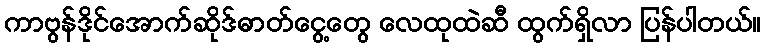
ကာဗွန်ဒိုင်အောက်ဆိုဒ်ဓာတ်ငွေ့တွေ လေထုထဲဆီ ထွက်ရှိလာ ပြန်ပါတယ်။